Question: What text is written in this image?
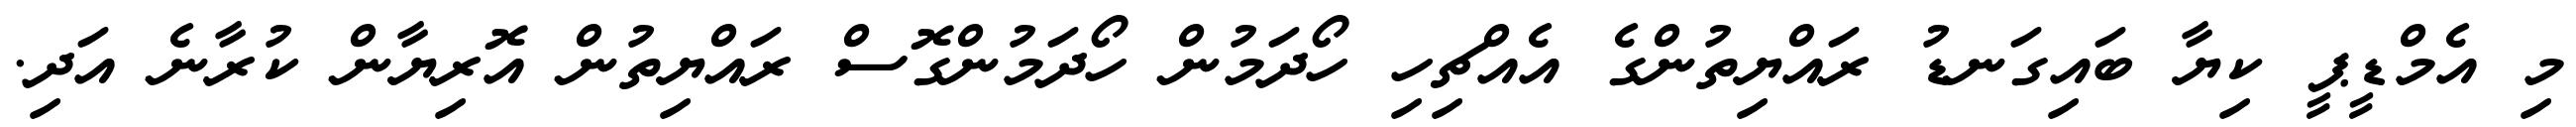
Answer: މި އެމްޑީޕީ ކިޔާ ބައިގަނޑު ރައްޔިތުންގެ އެއްޗިހި ހޯދަމުން ހޯދަމުންގޮސް ރައްޔިތުން އޮރިޔާން ކުރާނެ އަދި.